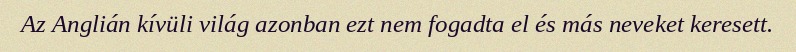
Az Anglián kívüli világ azonban ezt nem fogadta el és más neveket keresett.